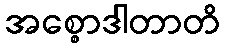
အစ္စောဒါတာတိ